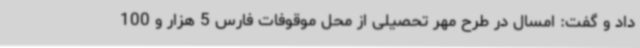
داد و گفت: امسال در طرح مهر تحصیلی از محل موقوفات فارس 5 هزار و 100